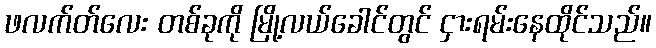
ဖလက်တ်လေး တစ်ခုကို မြို့လယ်ခေါင်တွင် ငှားရမ်းနေထိုင်သည်။